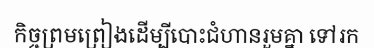
កិច្ចព្រមព្រៀងដើម្បីបោះជំហានរួមគ្នា ទៅរក